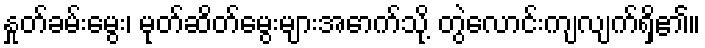
နှုတ်ခမ်းမွေး၊ မုတ်ဆိတ်မွေးများအောက်သို့ တွဲလောင်းကျလျက်ရှိ၏။